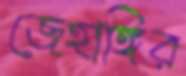
জেহাঙ্গির